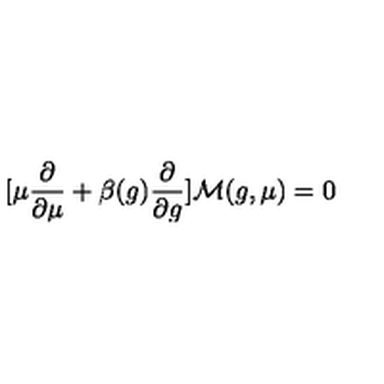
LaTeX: [ \mu { \frac { \partial } { \partial \mu } } + \beta ( g ) { \frac { \partial } { \partial g } } ] { \cal M } ( g , \mu ) = 0